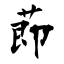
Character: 莭